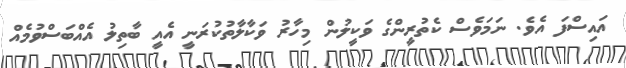
އައިސްފަ އެވެ. ނަމަވެސް ކެތުރީންގެ ވަކީލުން މިހާރު ވަކާލާތުކުރަނީ އެއީ ބާތިލު އެއްބަސްވުމެއް